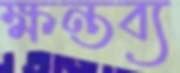
ক্ষন্তব্য